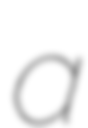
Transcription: a